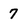
Character: 7